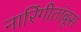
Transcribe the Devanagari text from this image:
नारिंगीतांबूस